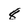
Character: 8